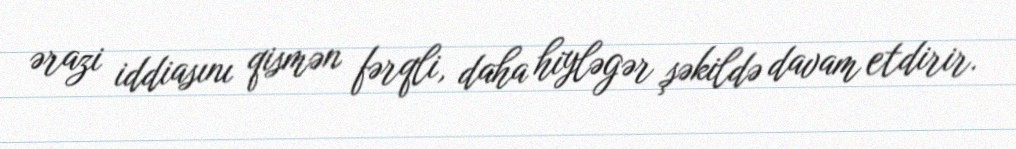
ərazi iddiasını qismən fərqli, daha hiyləgər şəkildə davam etdirir.